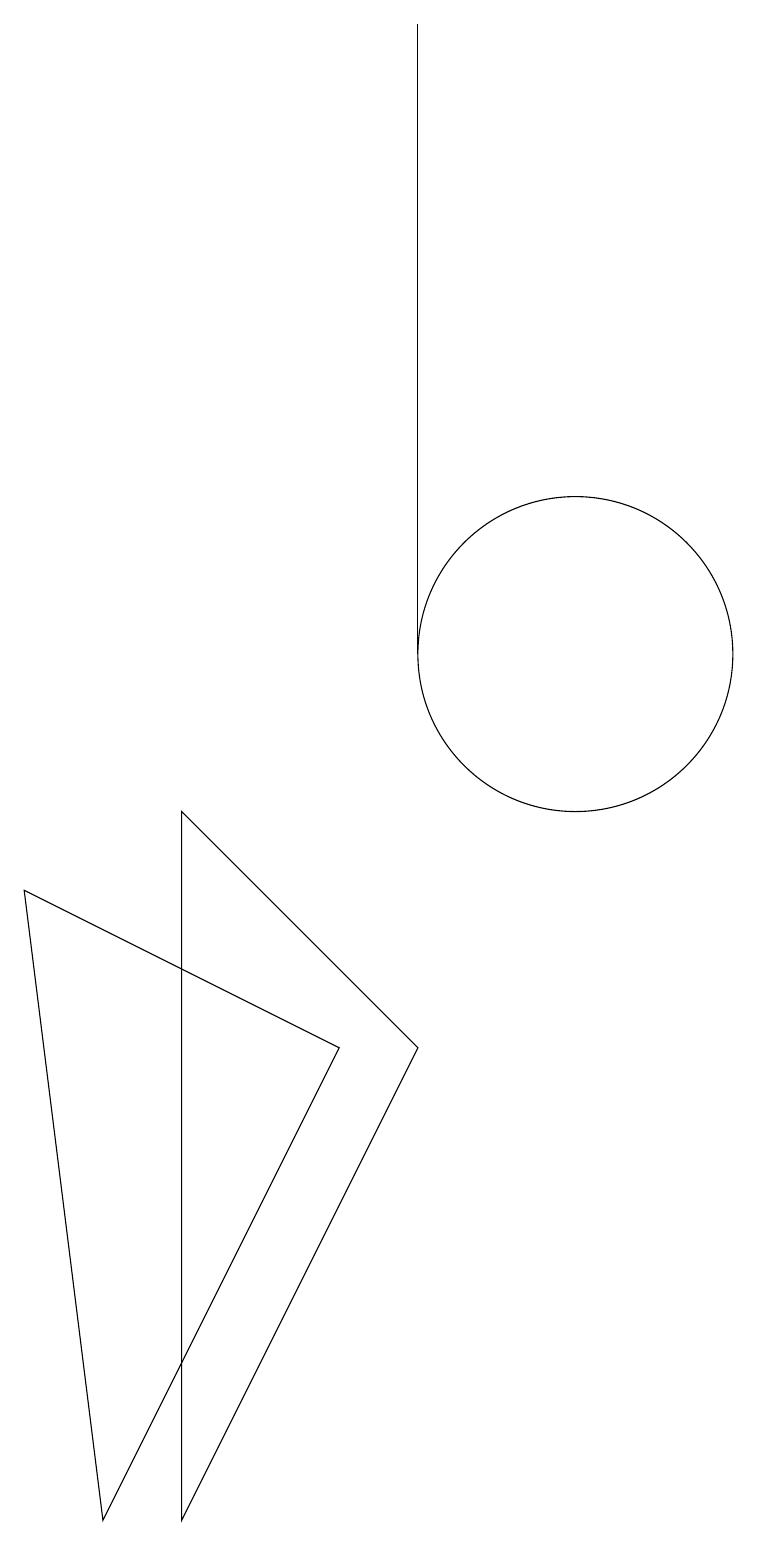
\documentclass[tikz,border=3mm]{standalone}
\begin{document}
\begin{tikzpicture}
\draw (5,0) -- (8,6) -- (4,8) -- cycle;
\draw (9,6) -- (6,0) -- (6,9) -- cycle;
\draw (11,11) circle (2);
\draw (9,19) rectangle (9,11);
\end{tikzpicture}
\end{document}